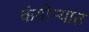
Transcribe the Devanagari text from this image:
कंगोऱ्यात